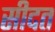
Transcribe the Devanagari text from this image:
सीदत